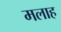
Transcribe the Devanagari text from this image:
मलाह